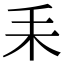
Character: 𦓤